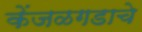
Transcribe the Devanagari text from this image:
केंजळगडाचे